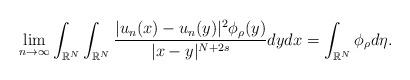
LaTeX: \begin{align*}\lim_{n\rightarrow\infty}\int_{\mathbb{R}^N}\int_{\mathbb{R}^N}\frac{|u_n(x)-u_n(y)|^2\phi_\rho(y)}{|x-y|^{N+2s}}dydx= \int_{\mathbb{R}^N}\phi_\rho d\eta.\end{align*}